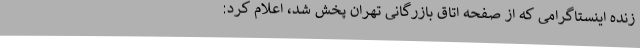
زنده اینستاگرامی که از صفحه اتاق بازرگانی تهران پخش شد، اعلام کرد: